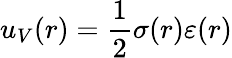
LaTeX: u_{V}(r)=\frac 12\sigma(r)\varepsilon(r)